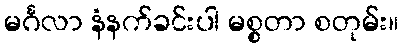
မင်္ဂလာ နံနက်ခင်းပါ မစ္စတာ စတုမ်း။